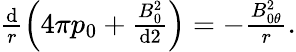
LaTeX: \begin{array}{r}{\frac{\textrm{d}}{r}\left(4\pi p_{0}+\frac{B_{0}^{2}}{\textrm{d}2}\right)=-\frac{B_{0\theta}^{2}}{r}.}\end{array}